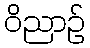
ဝိညာဉ်